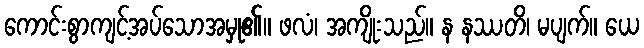
ကောင်းစွာကျင့်အပ်သောအမှု၏။ ဖလံ၊ အကျိုးသည်။ န နဿတိ၊ မပျက်။ ယေ